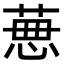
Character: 𦴜